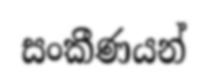
සංකීණයන්